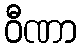
ဝီဏာ